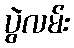
ပွဲလမ်း